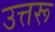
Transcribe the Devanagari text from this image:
उत्तरू